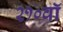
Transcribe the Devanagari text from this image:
२१०वॉ